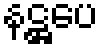
နဋ္ဌပေ